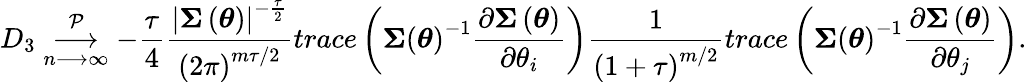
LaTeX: D_{3}\underset{n\longrightarrow\infty}{\overset{\mathcal{P}}{\longrightarrow}}-\frac{\tau}{4}\frac{\left\vert\boldsymbol{\Sigma}\left(\boldsymbol{\theta}\right)\right\vert^{-\frac{\tau}{2}}}{\left(2\pi\right)^{m\tau/2}}trace\left(\boldsymbol{\Sigma}\left(\boldsymbol{\theta}\right)^{-1}\frac{\partial\boldsymbol{\Sigma}\left(\boldsymbol{\theta}\right)}{\partial\theta_{i}}\right)\frac{1}{\left(1+\tau\right)^{m/2}}trace\left(\boldsymbol{\Sigma}\left(\boldsymbol{\theta}\right)^{-1}\frac{\partial\boldsymbol{\Sigma}\left(\boldsymbol{\theta}\right)}{\partial\theta_{j}}\right).